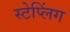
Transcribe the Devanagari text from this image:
स्टेप्लिंग